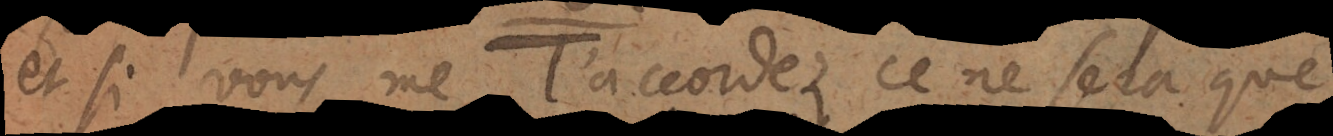
et si vous me l’accordez ce ne sera que